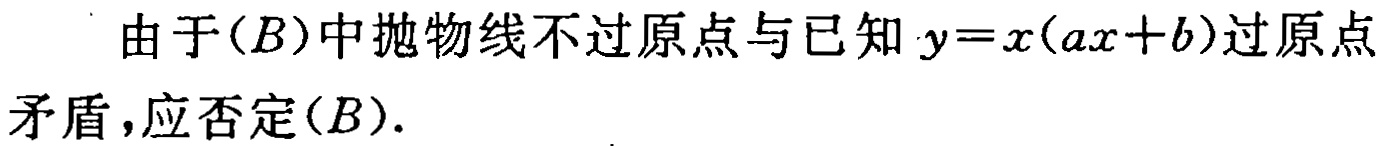
由于$(B)$中抛物线不过原点与已知$y = x(ax + b)$过原点矛盾，应否定$(B).$